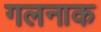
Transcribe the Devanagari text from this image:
गलनाक